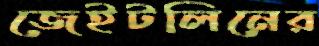
জেইটলিনের